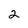
Character: 2